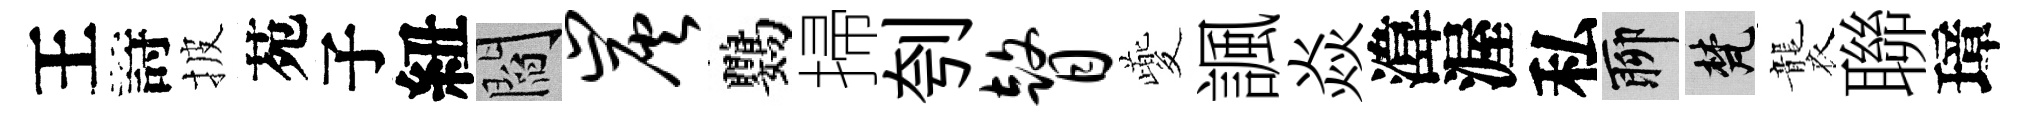
王詩披苑子紐閻炭鸚掃刳瞽夔諷焱湋渥私聊梵襲聯璋